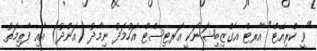
"ވީ ކްރިއޭޓް" އާރޓް އެގްޒިބިޝަނަކީ އަރޓިސްޓް އަހުމަދު ނިމާދު (އަންދު) އާއި ފާތިމަތު